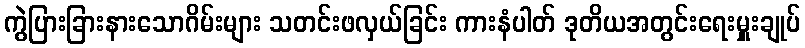
ကွဲပြားခြားနားသောဂိမ်းများ သတင်းဖလှယ်ခြင်း ကားနံပါတ် ဒုတိယအတွင်းရေးမှူးချုပ်